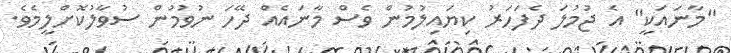
"މާނައަކީ" އެ ޖުމުލަ ދެފަހަރު ކިޔައިލުމުން ވެސް މާނައެއް ދޭހަ ނުވުމުން ސުވާލުކޮށްލީމެވެ.